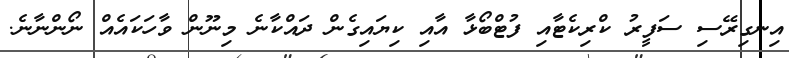
އިނގިރޭސި ސަފީރު ކްރިކެޓާއި ފުޓްބޯޅާ އާއި ކިޔައިގެން ދައްކާނެ މިނޫން ވާހަކައެއް ނޯންނާނެ.